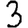
Digit: 3